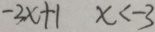
- 3 x + 1 x < - 3